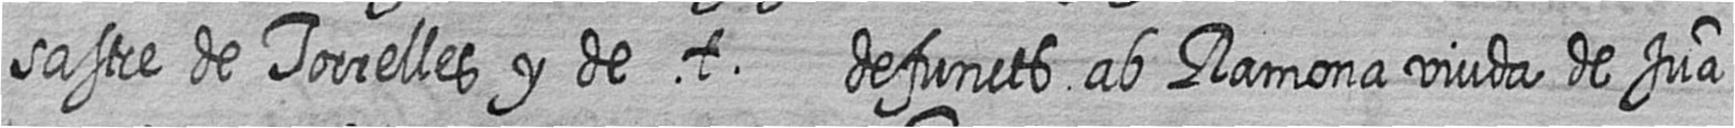
sastre de Torrelles y de t defuncts ab Ramona viuda de Jua